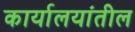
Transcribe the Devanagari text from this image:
कार्यालयांतील